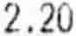
2.20